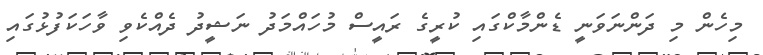
މިހެން މި ދަންނަވަނީ ޑެންމާކްގައި ކުރީގެ ރައީސް މުހައްމަދު ނަޝީދު ދެއްކެވި ވާހަކަފުޅުގައި